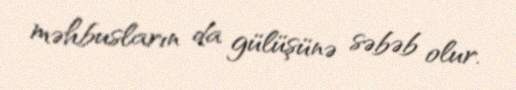
məhbusların da gülüşünə səbəb olur.